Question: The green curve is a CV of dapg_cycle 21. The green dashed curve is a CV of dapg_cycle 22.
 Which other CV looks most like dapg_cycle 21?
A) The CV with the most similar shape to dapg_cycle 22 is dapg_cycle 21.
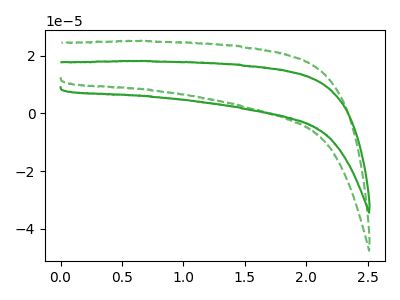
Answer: <think>The green curve "dapg_cycle 21" has no peaks. The green dashed curve "dapg_cycle 22" has no peaks.
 Neither "dapg_cycle 21" or "dapg_cycle 22" have any peaks.</think>
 <answer>A) The CV with the most similar shape to "dapg_cycle 22" is "dapg_cycle 21".</answer>
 <eval>A</eval>